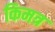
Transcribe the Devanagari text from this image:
किमत्र